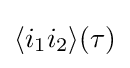
\langle i_{1}i_{2}\rangle (\tau )